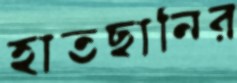
হাতছানির